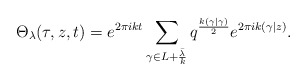
\begin{align*}\Theta_{\lambda} (\tau, z, t) = e^{2 \pi i k t } \sum_{\gamma \in L + \frac{\bar{\lambda}}{k}}^{} q^{\frac{k (\gamma | \gamma)}{2}} e^{2 \pi i k(\gamma|z)}.\end{align*}